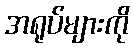
အရုပ်များကို